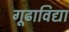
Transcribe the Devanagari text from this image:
गूढाविद्या